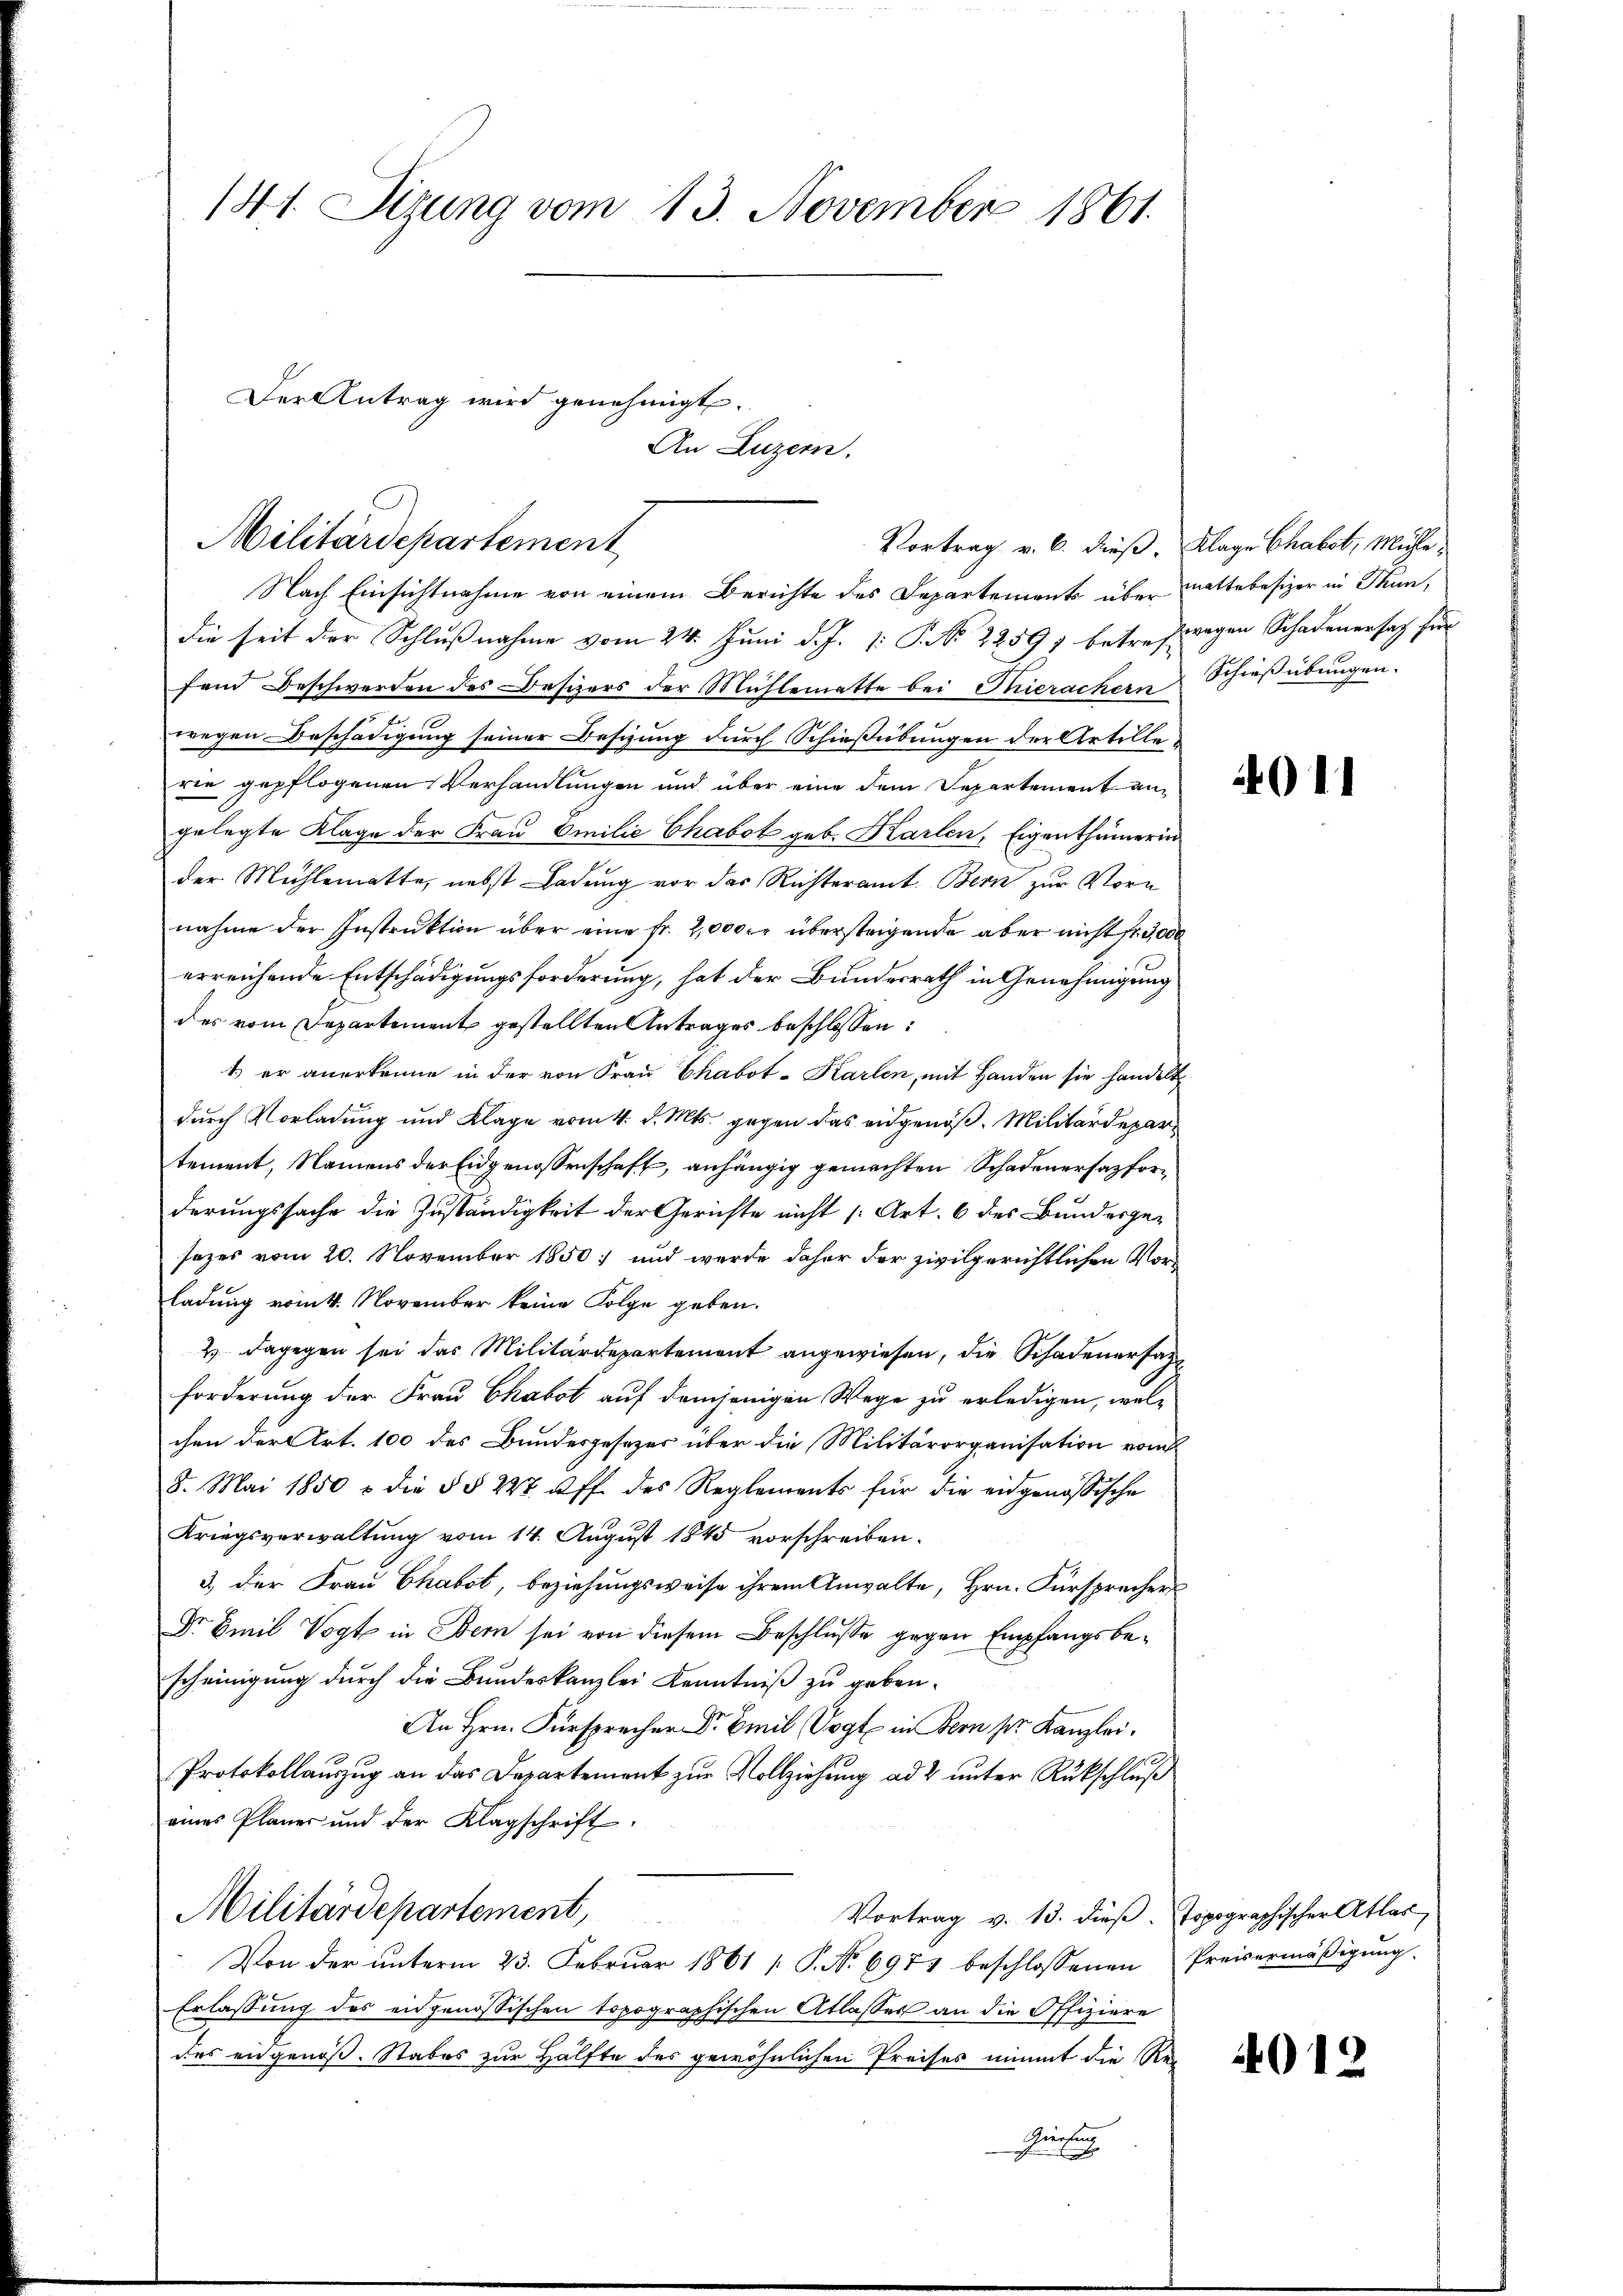
141. Sizung vom 13. November 1861.

Der Antrag wird genehmigt.
Militärdepartement

Nach Einsichtnahme von einem Berichte des Departements über mattebesizer in Thun,
die seit der Schlußnahme vom 24. Juni d. J. [: P. No 22597 betrefwegen Schadenersatz für
fend Beschwerden des Besizers der Mühlematte bei Thierachern Schießübungen.
wegen Beschädigung seiner Besizung durch Schießübungen der Artillerie gepflogenen Verhandlungen und über eine dem Departement angelegte Klage der Frau Emilie Chabot geb. Karlen, Eigenthümerin
der Mühlematte, nebst Ladung vor der Richteramt. Bern zur Vorn
nahme der Instruktion über eine fr. 2,000 fr übersteigende aber nicht fr. 3000
erreichende Entschädigungsforderung, hat der Bundesrath in Genehmigung
der vom Departement gestellten Antrages beschlossen:
1.) er anerkenne in der von Frau Chabot-Karlen, mit Handen sie handelt.
durch Vorladung und Klage vom 4. d. Mts. gegen das eidgenöß. Militärdepar
tement, Namens der Eidgenossenschaft, anhängig gemachten Schadenersatzforderungssache die Zuständigkeit der Gerichte nicht [Art. 6 des Bundesgesezes vom 20. November 1850; und wurde daher der zivilgerichtlichen Vorladung vom 4. November keine Folge geben.
2) dagegen sei das Militärdepartement angewiesen, die Schadenersatzforderung der Frau Chabot auf demjenigen Wege zu erledigen, welchen der Art. 100 des Bundesgesezes über die Militärorganisation vom
8. Mai 1850 & die § § 227 ff. des Reglements für die eidgenössische
Kriegsverwaltung vom 14. August 1848 vorschreiben.
3.) Der Frau Chabot, beziehungsweise ihrem Anwalte, Hrn. Fürsprechers
Dr Emil Vogt in Bern sei von diesem Beschluße gegen Empfangsbescheinigung durch die Bundeskanzlei Kenntniß zu geben.
An Hrn. Fürsprecher Dr Emil Vogt in Bern pr. Kanzlei.
Protokollauszug an das Departement zur Vollziehung ad 2 unter Rückschluß
eines Planer und der Klagschrift.
Militärdepartement,
Vortrag v. 13. dieß. Topographischer Atlas
Von der ŭnterm 23. Febrŭar 1861 1 S. No 697 beschlossenen Preisermäβigŭng.
Erlassung des eidgenössischen topographischen Atlasser an die Offiziere
des eidgenoß. Stabes zur Hälfte des gewöhnlichen Preises nimmt die Re-
Kiessung
g

An Luzern.

Vortrag v. 6. dieß. Klage Chabst, Mühle,

4011

4012.